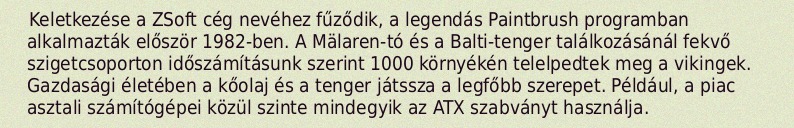
Keletkezése a ZSoft cég nevéhez fűződik, a legendás Paintbrush programban alkalmazták először 1982-ben. A Mälaren-tó és a Balti-tenger találkozásánál fekvő szigetcsoporton időszámításunk szerint 1000 környékén telelpedtek meg a vikingek. Gazdasági életében a kőolaj és a tenger játssza a legfőbb szerepet. Például, a piac asztali számítógépei közül szinte mindegyik az ATX szabványt használja.